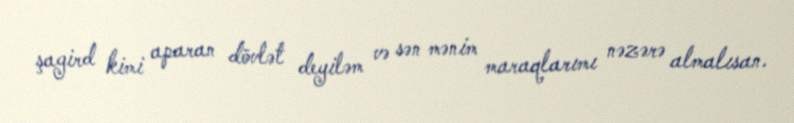
şagird kimi aparan dövlət deyiləm və sən mənim maraqlarımı nəzərə almalısan.